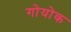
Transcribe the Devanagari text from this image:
गोयोक